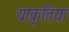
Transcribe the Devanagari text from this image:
याकूतिया